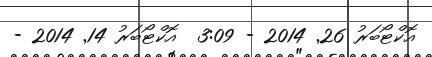
އޮކްޓޯބަރު 26